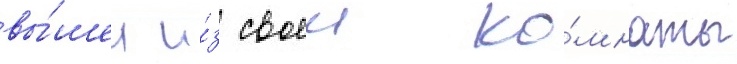
вы́шел и́з своеи ко́мнаты